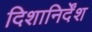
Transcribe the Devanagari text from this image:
दिशानिर्देंश